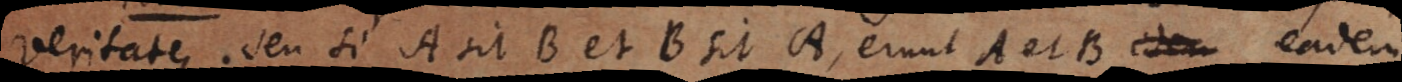
veritate, seu si A sit B et B sit A, erunt A et B idem eadem.